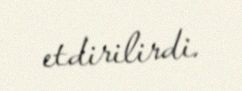
etdirilirdi.